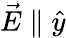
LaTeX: \vec{E}\parallel\hat{y}